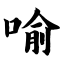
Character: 喻